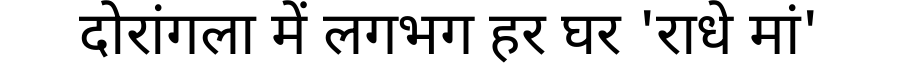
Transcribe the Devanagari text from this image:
दोरांगला में लगभग हर घर 'राधे मां'